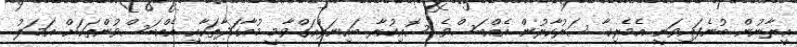
އީރާނުން ބުނެފައިވަނީ އެމެރިކާ ސަރުކާރުން އެއްބަސްވެ ސޮއިކުރާ ބައިނަލްއަގްވާމީ މުއާހަދާތަކާއި އެއްބަސްވުންތަކަށް އަމަލު